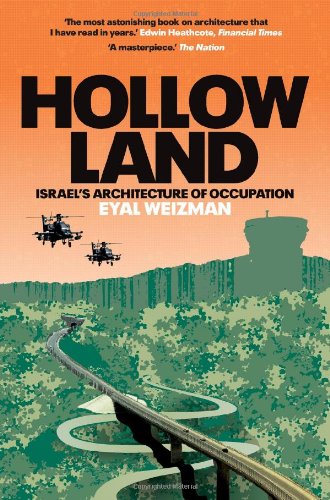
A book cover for Hollow Land: Israel's Architecture of Occupation; Eyal Weizman; Arts & Photography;